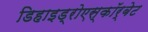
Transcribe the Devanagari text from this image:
डिहाइड्रोएस्कॉर्बेट